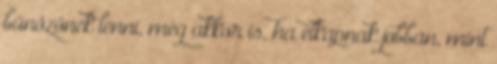
bűnözőnek lenni, még akkor is, ha elkapnak jobban, mint